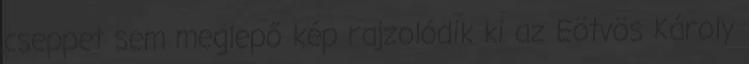
cseppet sem meglepő kép rajzolódik ki az Eötvös Károly